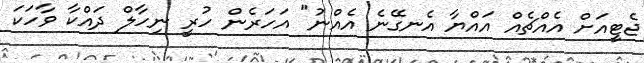
ޖެޓީއަށް އެއްޗެއް އައްޔާ އެނގޭނެ އެއްނު" އަހަރެން ހުރީ ނިހާލް ދައްކާ ވާހަކަ